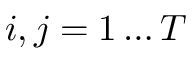
i , j = 1 \ldots T